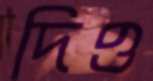
দিও